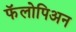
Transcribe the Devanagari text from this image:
फॅलोपिअन